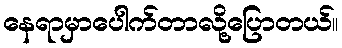
နေရာမှာပေါက်တာလို့ပြောတယ်။